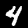
Label: 4